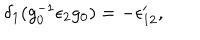
LaTeX: \delta _ { 1 } ( g _ { 0 } ^ { - 1 } \epsilon _ { 2 } g _ { 0 } ) = - \epsilon _ { 1 2 } ^ { \prime } ,